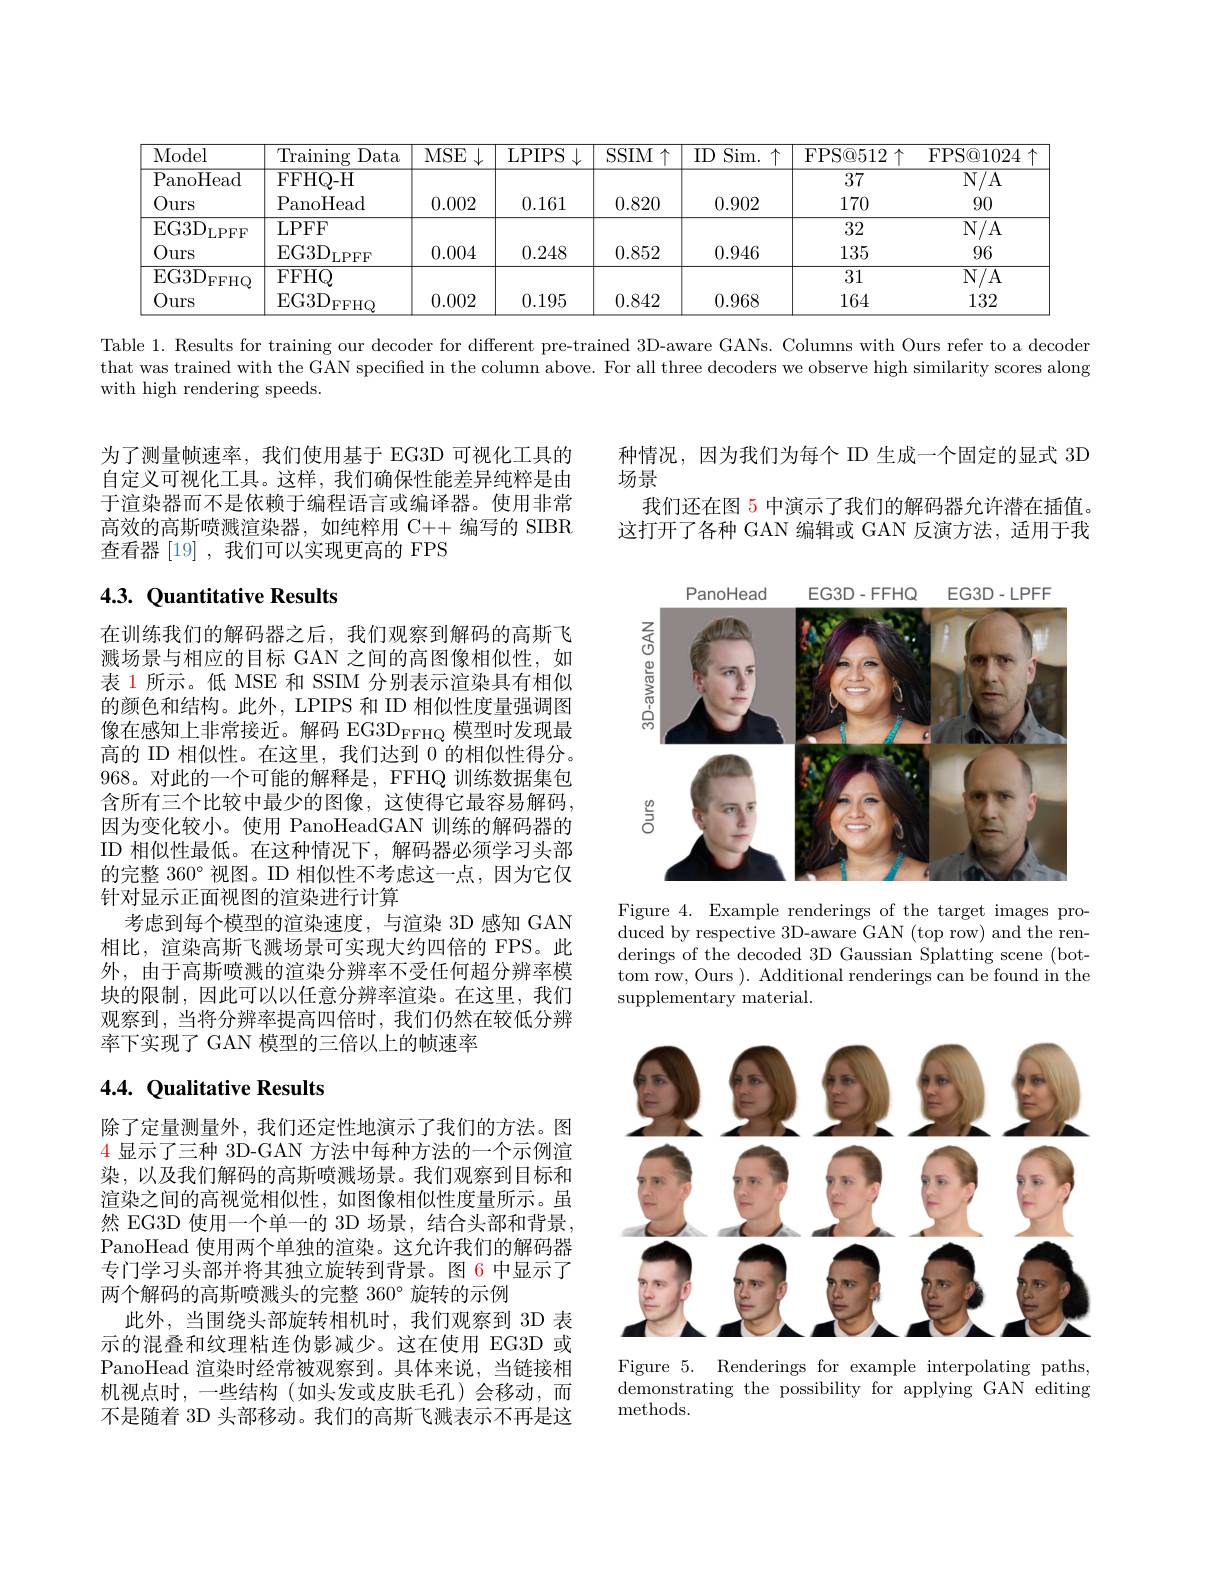
<table>
	<tbody>
		<tr>
			<th>Model</th>
			<th>Training Data</th>
			<th>MSE</th>
			<th>LPIPS</th>
			<th>$SSIM$ 个</th>
			<th>$ID$ Sim. $.\uparrow$</th>
			<th>FPS@ 512$\uparrow$</th>
			<th>FPS@ 1024</th>
		</tr>
		<tr>
			<td>${\overline{{\mathrm{PanoHead}}}}$ Ours</td>
			<td>FFHQ- H PanoHead</td>
			<td>0.002</td>
			<td>0.161</td>
			<td>0.820</td>
			<td>0.902</td>
			<td>37 170</td>
			<td>N/ A 90</td>
		</tr>
		<tr>
			<td>$\operatorname{EG3D}$ LPFF</td>
			<td>LPFF</td>
			<td> </td>
			<td> </td>
			<td> </td>
			<td> </td>
			<td>32</td>
			<td>N/ A</td>
		</tr>
		<tr>
			<td>Ours</td>
			<td>EG3D LPFF</td>
			<td>0.004</td>
			<td>0.248</td>
			<td>0.852</td>
			<td>0.946</td>
			<td>135</td>
			<td>96</td>
		</tr>
		<tr>
			<td>$\operatorname{EG3D}$ $^{\prime}$FFHQ Ours</td>
			<td>$\overline{\mathrm{FFHQ}}$ EG3D FFHQ</td>
			<td>0.002</td>
			<td>0.195</td>
			<td>0.842</td>
			<td>0.968</td>
			<td>31 164</td>
			<td>N/ A 132</td>
		</tr>
		<tr>
			<td>Ours</td>
			<td>EG3D FFHQ</td>
			<td>0.002</td>
			<td>0.195</td>
			<td>0.842</td>
			<td>0.968</td>
			<td>164</td>
			<td>132</td>
		</tr>
	</tbody>
</table>

Table 1. Results for training our decoder for different pre-trained 3D-aware GANs. Columns with Ours refer to a decoder

that was trained with the GAN specified in the column above. For all three decoders we observe high similarity scores along

with high rendering speeds.

为了测量帧速率，我们使用基于 EG3D 可视化工具的自定义可视化工具。这样，我们确保性能差异纯粹是由于渲染器而不是依赖于编程语言或编译器。使用非常高效的高斯喷溅渲染器，如纯粹用 C++ 编写的 SIBR 查看器[19],我们可以实现更高的 FPS

# 4.3. Quantitative Results

在训练我们的解码器之后，我们观察到解码的高斯飞溅场景与相应的目标 GAN 之间的高图像相似性，如表 1 所示。低 MSE 和 SSIM 分别表示渲染具有相似的颜色和结构。此外，LPIPS 和 ID 相似性度量强调图像在感知上非常接近。解码 EG3D$_\mathrm{FFHQ}$模型时发现最高的 ID 相似性。在这里，我们达到 0 的相似性得分。968。对此的一个可能的解释是，FFHQ 训练数据集包含所有三个比较中最少的图像，这使得它最容易解码， 因为变化较小。使用 PanoHeadGAN 训练的解码器的ID 相似性最低。在这种情况下，解码器必须学习头部的完整 360°视图。ID 相似性不考虑这一点，因为它仅针对显示正面视图的渲染进行计算
考虑到每个模型的渲染速度，与渲染 3D 感知 GAN 相比，渲染高斯飞溅场景可实现大约四倍的 FPS。此外，由于高斯喷溅的渲染分辨率不受任何超分辨率模块的限制，因此可以以任意分辨率渲染。在这里，我们观察到，当将分辨率提高四倍时，我们仍然在较低分辨率下实现了 GAN 模型的三倍以上的帧速率

## 4.4. Qualitative Results

除了定量测量外，我们还定性地演示了我们的方法。图4显示了三种 3D-GAN 方法中每种方法的一个示例渲染，以及我们解码的高斯喷溅场景。我们观察到目标和渲染之间的高视觉相似性，如图像相似性度量所示。虽然 EG3D 使用一个单一的 3D 场景，结合头部和背景， PanoHead 使用两个单独的渲染。这允许我们的解码器专门学习头部并将其独立旋转到背景。图 6 中显示了两个解码的高斯喷溅头的完整$360^\circ$旋转的示例
此外，当围绕头部旋转相机时，我们观察到 3D 表示的混叠和纹理粘连伪影减少。这在使用 EG3D 或PanoHead 渲染时经常被观察到。具体来说，当链接相机视点时，一些结构(如头发或皮肤毛孔)会移动，而不是随着 3D 头部移动。我们的高斯飞溅表示不再是这

种情况，因为我们为每个 ID 生成一个固定的显式 3D
场景
我们还在图 5 中演示了我们的解码器允许潜在插值， 这打开了各种 GAN 编辑或 GAN 反演方法，适用于我

<FigureHere>

Figure 4. Example renderings of the target images produced by respective 3D-aware GAN (top row) and the renderings of the decoded 3D Gaussian Splatting scene (bottom row, Ours ). Additional renderings can be found in the supplementary material.

<FigureHere>

Figure 5. Renderings for example interpolating paths, $\bar{\text{demonstrating the possibility for applying GAN editing}}$ ${\mathrm{methods}}.$